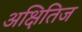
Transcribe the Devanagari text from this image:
अक्षितिज